Indian journal of veterinary science and animal husbandry - Volume 14,
Year: 1944
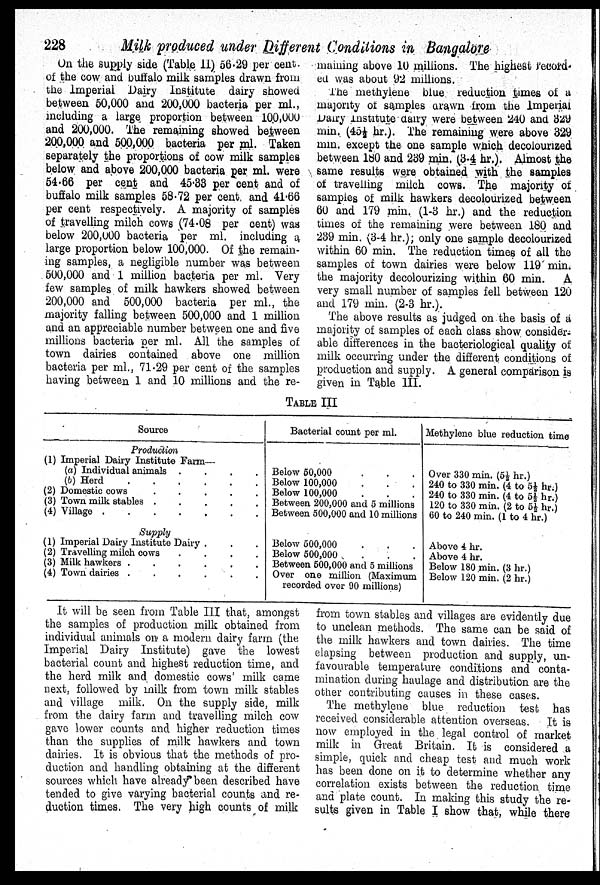
228
Milk produced under Different Conditions in Bangalore
On the supply side (Table II) 56.29 per cent.
of the cow and buffalo milk samples drawn from
the Imperial Dairy Institute dairy showed
between 50,000 and 200,000 bacteria per ml.,
including a large proportion between 100,000
and 200,000. The remaining showed between
200,000 and 500,000 bacteria per ml. Taken
separately the proportions of cow milk samples
below and above 200,000 bacteria per ml. were
54.66 per cent and 45.33 per cent and of
buffalo milk samples 58.72 per cent, and 41.66
per cent respectively. A majority of samples
of travelling milch cows (74.08 per cent) was
below 200,000 bacteria per ml. including a
large proportion below 100,000. Of the remain-
ing samples, a negligible number was between
500,000 and 1 million bacteria per ml. Very
few samples of milk hawkers showed between
200,000 and 500,000 bacteria per ml., the
majority falling between 500,000 and 1 million
and an appreciable number between one and five
millions bacteria per ml. All the samples of
town dairies contained above one million
bacteria per ml., 71.29 per cent of the samples
having between 1 and 10 millions and the re-
maining above 10 millions. The highest record
ed was about 92 millions.
The methylene blue reduction times of a
majority of samples drawn from the Imperial
Dairy Institute dairy were between 240 and 329
min. (45½ hr.). The remaining were above 329
mm. except the one sample which decolourized
between 180 and 239 min. (3-4 hr.). Almost the
same results were obtained with the samples
of travelling milch cows. The majority of
samples of milk hawkers decolourized between
60 and 179 min. (1-3 hr.) and the reduction
times of the remaining were between 180 and
239 min. (3-4 hr.); only one sample decolourized
within 60 min. The reduction times of all the
samples of town dairies were below 119 min.
the majority decolourizing within 60 min. A
very small number of samples fell between 120
and 179 min. (2-3 hr.).
The above results as judged on the basis of a
majority of samples of each class show consider¬
able differences in the bacteriological quality of
milk occurring under the different conditions of
production and supply. A general comparison is
given in Table III.
TABLE III
Source
Production
(1) Imperial Dairy Institute Farm—
(a) Individual animals
.
.
.
.
(b) Herd
.
.
.
.
.
.
(2) Domestic cows
.
.
.
.
.
(3) Town milk stables
.
.
.
.
.
(4) Village
.
.
.
.
.
.
.
.
Supply
(1) Imperial Dairy Institute Dairy . . .
(2) Travelling milch cows
.
.
.
.
(3) Milk hawkers . . . . . . . .
(4) Town dairies . . . . . . . .
Bacterial count per ml.
Below 50,000 . . .
Below 100,000
.
.
.
Below 100,000 . . .
Between 200,000 and 5 millions
Between 500,000 and 10 millions
Below 500,000 . . .
Below 500,000 . . .
Between 500,000 and 5 millions
Over one million (Maximum
recorded over 90 millions)
Methylene blue reduction time
Over 330 min. (5½ hr.)
240 to 330 min. (4 to 5½ hr.)
240 to 330 min. (4 to 5½ hr.)
120 to 330 min. (2 to 5½ hr.)
60 to 240 min. (1 to 4 hr.)
Above 4 hr.
Above 4 hr.
Below 180 min. (3 hr.)
Below 120 min. (2 hr.)
It will be seen from Table III that, amongst
the samples of production milk obtained from
individual animals on a modern dairy farm (the
Imperial Dairy Institute) gave the lowest
bacterial count and highest reduction time, and
the herd milk and domestic cows' milk came
next, followed by milk from town milk stables
and village milk. On the supply side, milk
from the dairy farm and travelling milch cow
gave lower counts and higher reduction times
than the supplies of milk hawkers and town
dairies. It is obvious that the methods of pro-
duction and handling obtaining at the different
sources which have already been described have
tended to give varying bacterial counts and re-
duction times. The very high counts of milk
from town stables and villages are evidently due
to unclean methods. The same can be said of
the milk hawkers and town dairies. The time
elapsing between production and supply, un-
favourable temperature conditions and conta-
mination during haulage and distribution are the
other contributing causes in these cases.
The methylene blue reduction test has
received considerable attention overseas. It is
now employed in the legal control of market
milk in Great Britain. It is considered a
simple, quick and cheap test and much work
has been done on it to determine whether any
correlation exists between the reduction time
and plate count. In making this study the re-
sults given in Table I show that, while there